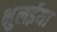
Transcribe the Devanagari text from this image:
भुलईया